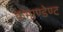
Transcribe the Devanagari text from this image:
कमाण्डेण्ट